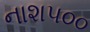
નાશ૫૦૦